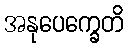
အနုပေက္ခေတိ